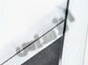
الأساس